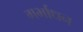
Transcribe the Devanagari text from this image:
गर्भाधन